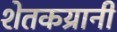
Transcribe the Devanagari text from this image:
शेतकय्रानी